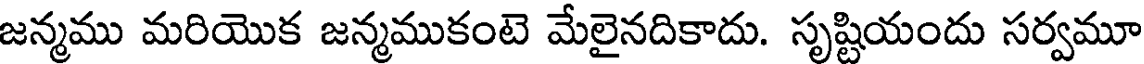
జన్మము మరియొక జన్మముకంటె మేలైనదికాదు. సృష్టియందు సర్వమూ